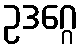
ဥဒဂ္ဂေ